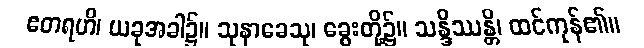
ဧတရဟိ၊ ယခုအခါ၌။ သုနာခေသု၊ ခွေးတို့၌။ သန္ဒိဿန္တိ၊ ထင်ကုန်၏။